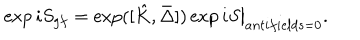
LaTeX: \exp i S _ { g f } = \exp ( [ \hat { K } , \bar { \Delta } ] ) \exp i S \big \vert _ { a n t i f i e l d s = 0 } .